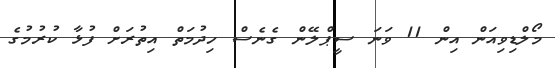
މޯލްޑިވިއަން އިން 11 ވަނަ ސީޕްލޭން ގެނެސް ހިދުމަތް އިތުރަށް ފުޅާ ކުރުމުގެ